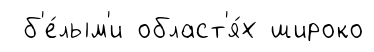
б'е́лым'и област'я́х широко